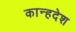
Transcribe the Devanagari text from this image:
कान्हदेश